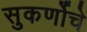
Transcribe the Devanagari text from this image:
सुकर्णोचे